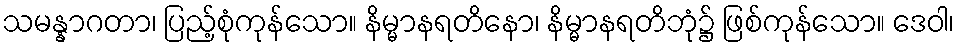
သမန္နာဂတာ၊ ပြည့်စုံကုန်သော။ နိမ္မာနရတိနော၊ နိမ္မာနရတိဘုံ၌ ဖြစ်ကုန်သော။ ဒေဝါ၊